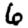
Digit: 6